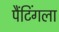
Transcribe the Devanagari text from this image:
पैंटिंगला